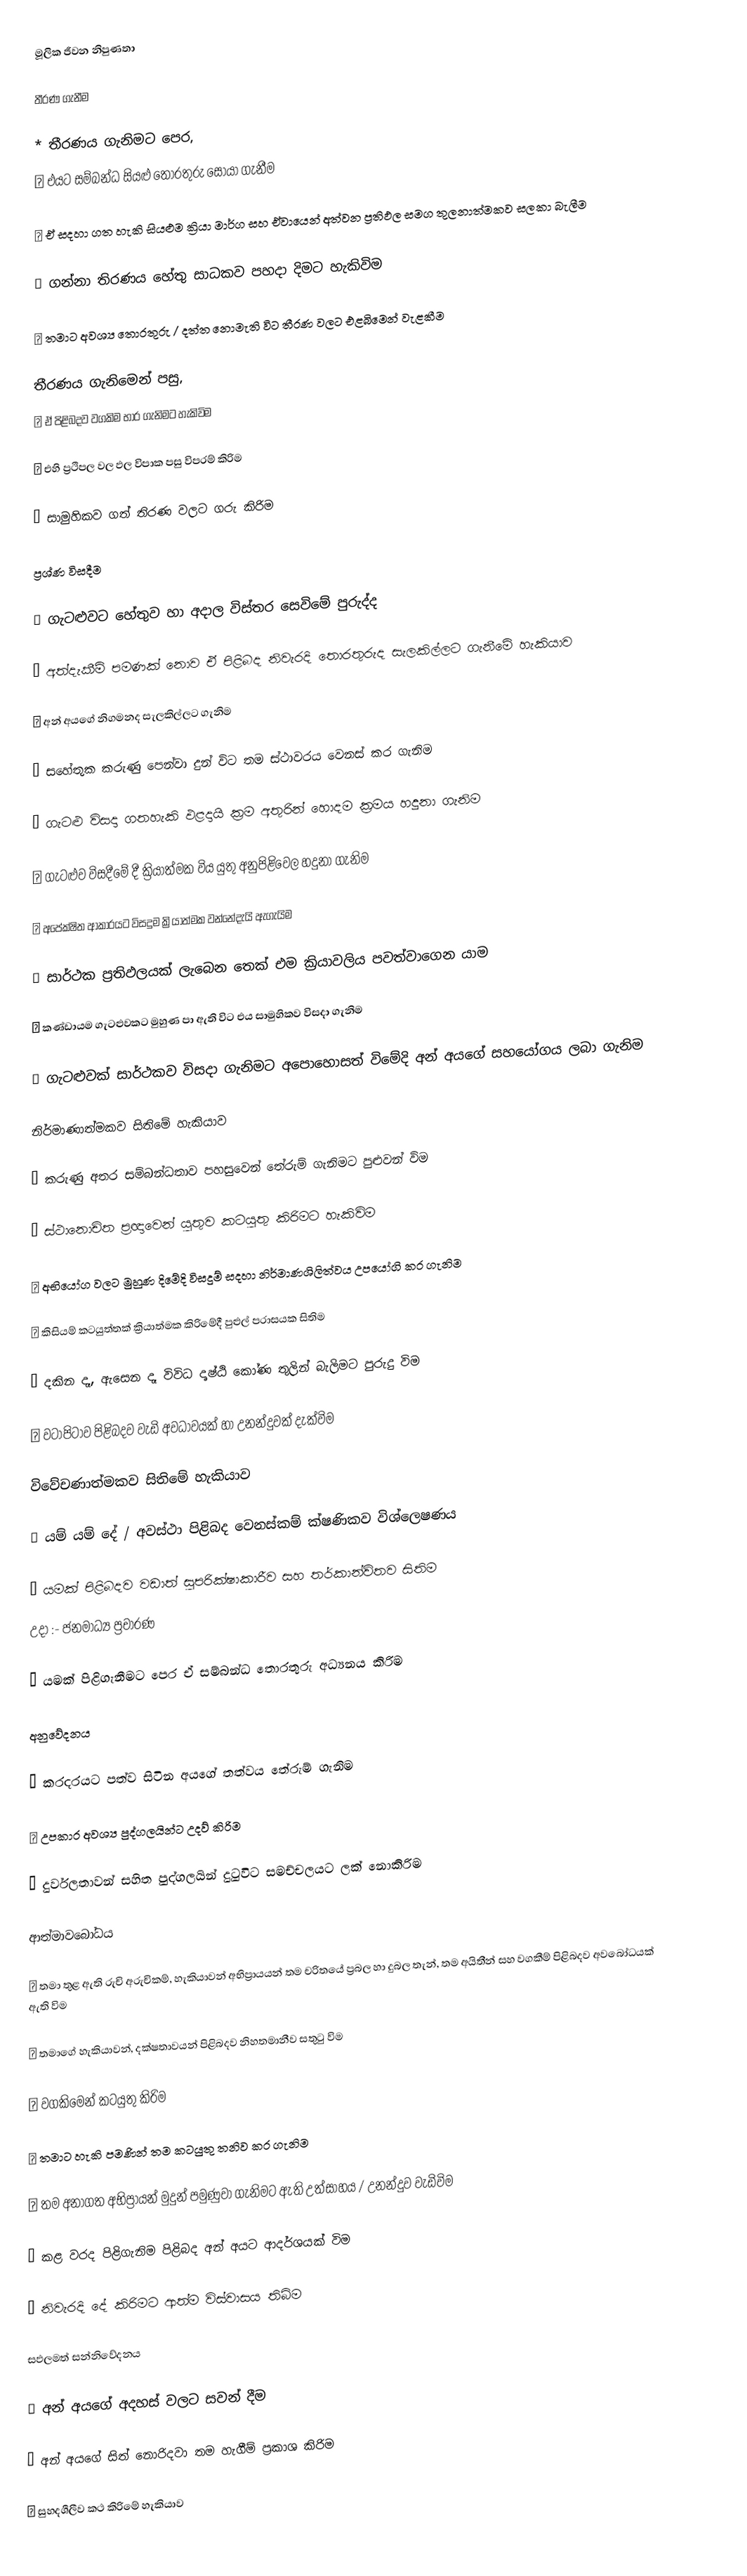
මූලික ජීවන නිපුණතා

තීරණ ගැනීම

 * තීරණය ගැනිමට පෙර,
	එයට සම්බන්ධ සියළු තොරතුරු සොයා ගැනීම

	ඒ සදහා ගත හැකි සියළුම ක්‍රියා මාර්ග සහ ඒවායෙන් අත්වන ප්‍රතිඵල සමග තුලනාත්මකව සලකා බැලීම

	ගන්නා තිරණය හේතු සාධකව පහදා දිමට හැකිවිම

	තමාට අවශ්‍ය තොරතුරු / දත්ත නොමැති විට තීරණ වලට එළබිමෙන් වැළකීම

 තීරණය ගැනිමෙන් පසු,
	ඒ පිළිබදව වගකිම භාර ගැනිමට හැකිවිම

	එහි ප්‍රථිපල වල ඵල විපාක පසු විපරම් කිරිම

	සාමුහිකව ගත් තිරණ වලට ගරු කිරිම

ප්‍රශ්ණ විසදීම

	ගැටළුවට හේතුව හා අදාල විස්තර සෙවිමේ පුරුද්ද

	අත්දැකීම් පමණක් නොව ඒ පිළිබද නිවැරදි තොරතුරුද සැලකිල්ලට ගැනීමේ හැකියාව

	අන් අයගේ නිගමනද සැලකිල්ලට ගැනිම

	සහේතුක කරුණු පෙන්වා දුන් විට තම ස්ථාවරය වෙනස් කර ගැනිම

	ගැටළු විසදා ගතහැකි ඵළදායි ක්‍රම අතුරින් හොදම ක්‍රමය හදුනා ගැනිම

	ගැටළුව විසදීමේ දී ක්‍රියාත්මක විය යුතු අනුපිළිවෙල හදුනා ගැනිම

	අපේක්ෂිත ආකාරයට විසදුම ක්‍රියාත්මක වන්නේදැයි ඇගැයිම

	සාර්ථක ප්‍රතිඵලයක් ලැබෙන තෙක් එම ක්‍රියාවලිය පවත්වාගෙන යාම

	කණ්ඩායම ගැටළුවකට මුහුණ පා ඇති විට එය සාමුහිකව විසදා ගැනිම

	ගැටළුවක් සාර්ථකව විසදා ගැනිමට අපොහොසත් විමේදි අන් අයගේ සහයෝගය ලබා ගැනිම

නිර්මාණාත්මකව සිතිමේ හැකියාව

	කරුණු අතර සම්බන්ධතාව පහසුවෙන් තේරුම් ගැනිමට පුළුවන් විම

	ස්ථානොචිත ප්‍රඥාවෙන් යුතුව කටයුතු කිරිමට හැකිවිම

	අභියෝග වලට මුහුණ දිමේදි විසදුම් සදහා නිර්මාණශිලිත්වය උපයෝගි කර ගැනිම

	කිසියම් කටයුත්තක් ක්‍රියාත්මක කිරිමේදී පුළුල් පරාසයක සිතිම

	දකින දෑ, ඇසෙන දෑ විවිධ දෘෂ්ඨි කෝණ තුලින් බැලිමට පුරුදු විම

	වටාපිටාව පිළිබදව වැඩි අවධාවයක් හා උනන්දුවක් දැක්විම

විවේචණාත්මකව සිතිමේ හැකියාව

	යම් යම් දේ / අවස්ථා පිළිබද වෙනස්කම් ක්ෂණිකව විශ්ලෙෂණය

	යමක් පිළිබදව වඩාත් සුපරික්ෂාකාරීව සහ තර්කාන්විතව සිතිම
      උදා :- ජනමාධ්‍ය ප්‍රචාරණ

	යමක් පිළිගැනීමට පෙර ඒ සම්බන්ධ තොරතුරු  අධ්‍යනය කිරිම

අනුවේදනය

	කරදරයට පත්ව සිටින අයගේ තත්වය තේරුම් ගැනිම

	උපකාර අවශ්‍ය  පුද්ගලයින්ට උදව් කිරිම

	දුර්වලතාවන් සහිත පුද්ගලයින් දුටුවිට සමච්චලයට ලක් නොකිරිම

ආත්මාවබෝධය

	තමා තුළ ඇති රුචි අරුචිකම්, හැකියාවන් අභිප්‍රායයන් තම චරිතයේ ප්‍රබල හා දුබල තැන්, තම අයිතීන් සහ වගකීම් පිළිබදව අවබෝධයක් ඇති විම

	තමාගේ හැකියාවන්, දක්ෂතාවයන් පිළිබදව නිහතමානීව සතුටු විම

	වගකිමෙන්  කටයුතු කිරිම

	තමාට හැකි පමණින් තම කටයුතු තනිව කර ගැනිම

	තම අනාගත අභිප්‍රායන් මුදුන් පමුණුවා  ගැනිමට ඇති උත්සාහය / උනන්දුව වැඩිවිම

	කළ  වරද පිළිගැනිම පිළිබද අන් අයට ආදර්ශයක් විම

	නිවැරදි දේ කිරිමට ආත්ම විස්වාසය තිබිම

සඵලමත් සන්නිවේදනය

	අන් අයගේ අදහස් වලට සවන් දීම

	අන් අයගේ සිත් නොරිදවා තම හැගීම් ප්‍රකාශ කිරිම

	සුහදශීලීව කථ කිරිමේ හැකියාව